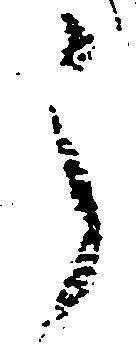
之